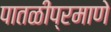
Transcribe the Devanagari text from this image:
पातळीप्रमाणे